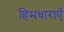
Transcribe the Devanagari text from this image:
हिमधाराएँ